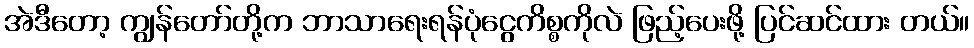
အဲဒီတော့ ကျွန်တော်တို့က ဘာသာရေးရန်ပုံငွေကိစ္စကိုလဲ ဖြည့်ပေးဖို့ ပြင်ဆင်ထား တယ်။